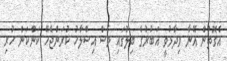
އެގޮތުން އޭނާ ވިދާޅުވީ އަބުރުގެ ބިލުގައި ވެސް އިސްލާހު ކުރަންޖެހޭ ކަންކަން ހުރި